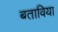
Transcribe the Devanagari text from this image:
बताविया